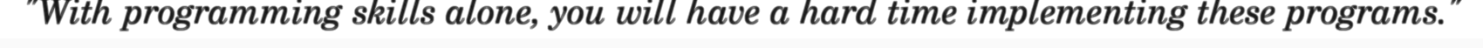
"With programming skills alone, you will have a hard time implementing these programs."